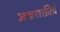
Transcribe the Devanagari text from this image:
अश्वशक्तीचे